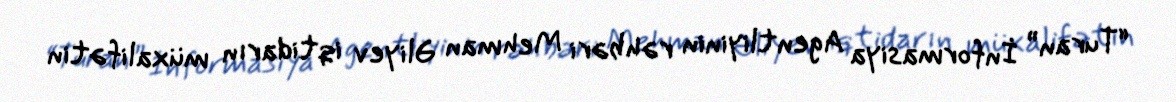
“Turan” İnformasiya Agentliyinin rəhbəri Mehman Əliyev iqtidarın müxalifətin